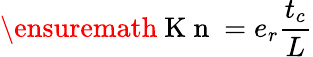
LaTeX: \ensuremath{\mathrm{~K~n~}}=e_{r}\frac{t_{c}}L